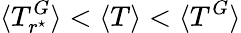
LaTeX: \langle T_{r^{\star}}^{G}\rangle<\langle T\rangle<\langle T^{G}\rangle